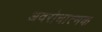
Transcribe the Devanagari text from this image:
अवरोधात्मक